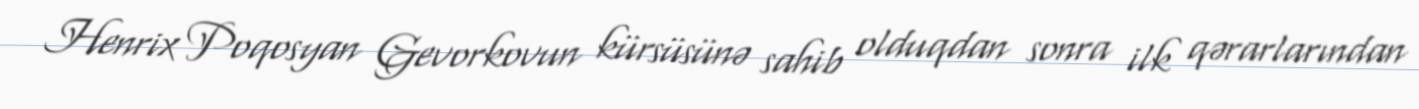
Henrix Poqosyan Gevorkovun kürsüsünə sahib olduqdan sonra ilk qərarlarından